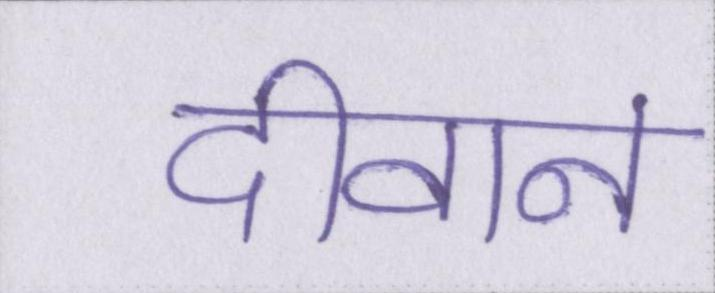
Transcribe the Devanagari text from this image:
दीवान